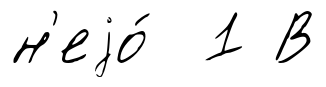
н'еjо́ 1 В